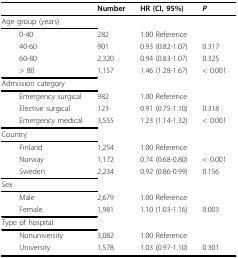
|  |  | Number | HR (CI, 95%) | P |
 | --- | --- | --- | --- | --- |
 | <COLSPAN=2> Age group (years) |  |  |  |
 |  | 0-40 | 282 | 1.00 Reference |  |
 |  | 40-60 | 901 | 0.93 (0.82-1.07) | 0.317 |
 |  | 60-80 | 2,320 | 0.94 (0.83-1.07) | 0.325 |
 |  | > 80 | 1,157 | 1.46 (1.28-1.67) | < 0.001 |
 | <COLSPAN=2> Admission category |  |  |  |
 |  | Emergency surgical | 982 | 1.00 Reference |  |
 |  | Elective surgical | 123 | 0.91 (0.75-1.10) | 0.318 |
 |  | Emergency medical | 3,555 | 1.23 (1.14-1.32) | < 0.001 |
 | <COLSPAN=2> Country |  |  |  |
 |  | Finland | 1,254 | 1.00 Reference |  |
 |  | Norway | 1,172 | 0.74 (0.68-0.80) | < 0.001 |
 |  | Sweden | 2,234 | 0.92 (0.86-0.99) | 0.156 |
 | <COLSPAN=2> Sex |  |  |  |
 |  | Male | 2,679 | 1.00 Reference |  |
 |  | Female | 1,981 | 1.10 (1.03-1.16) | 0.003 |
 | <COLSPAN=2> Type of hospital |  |  |  |
 |  | Nonuniversity | 3,082 | 1.00 Reference |  |
 |  | University | 1,578 | 1.03 (0.97-1.10) | 0.301 |